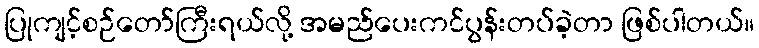
ပြုကျင့်စဉ်တော်ကြီးရယ်လို့ အမည်ပေးကင်ပွန်းတပ်ခဲ့တာ ဖြစ်ပါတယ်။